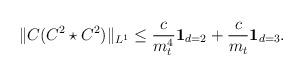
LaTeX: \begin{align*}\|C(C^2\star C^2)\|_{L^1}\leq \frac{c}{m^4_t}{\bf 1}_{d=2} + \frac{c}{m_t}{\bf 1}_{d=3}. \end{align*}